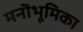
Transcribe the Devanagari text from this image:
मनॊभूमिका